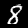
Label: 8